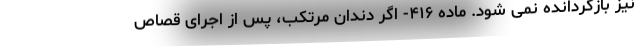
نیز بازگردانده نمی شود. ماده ۴۱۶- اگر دندان مرتکب، پس از اجرای قصاص